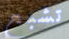
تشبع